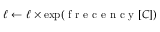
{ \ell \gets \ell } \times \exp ( \mathrm { ~ f ~ r ~ e ~ c ~ e ~ n ~ c ~ y ~ } [ C ] )